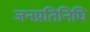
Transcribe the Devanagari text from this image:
जनप्रतिनिघि